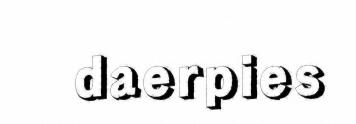
daerpies